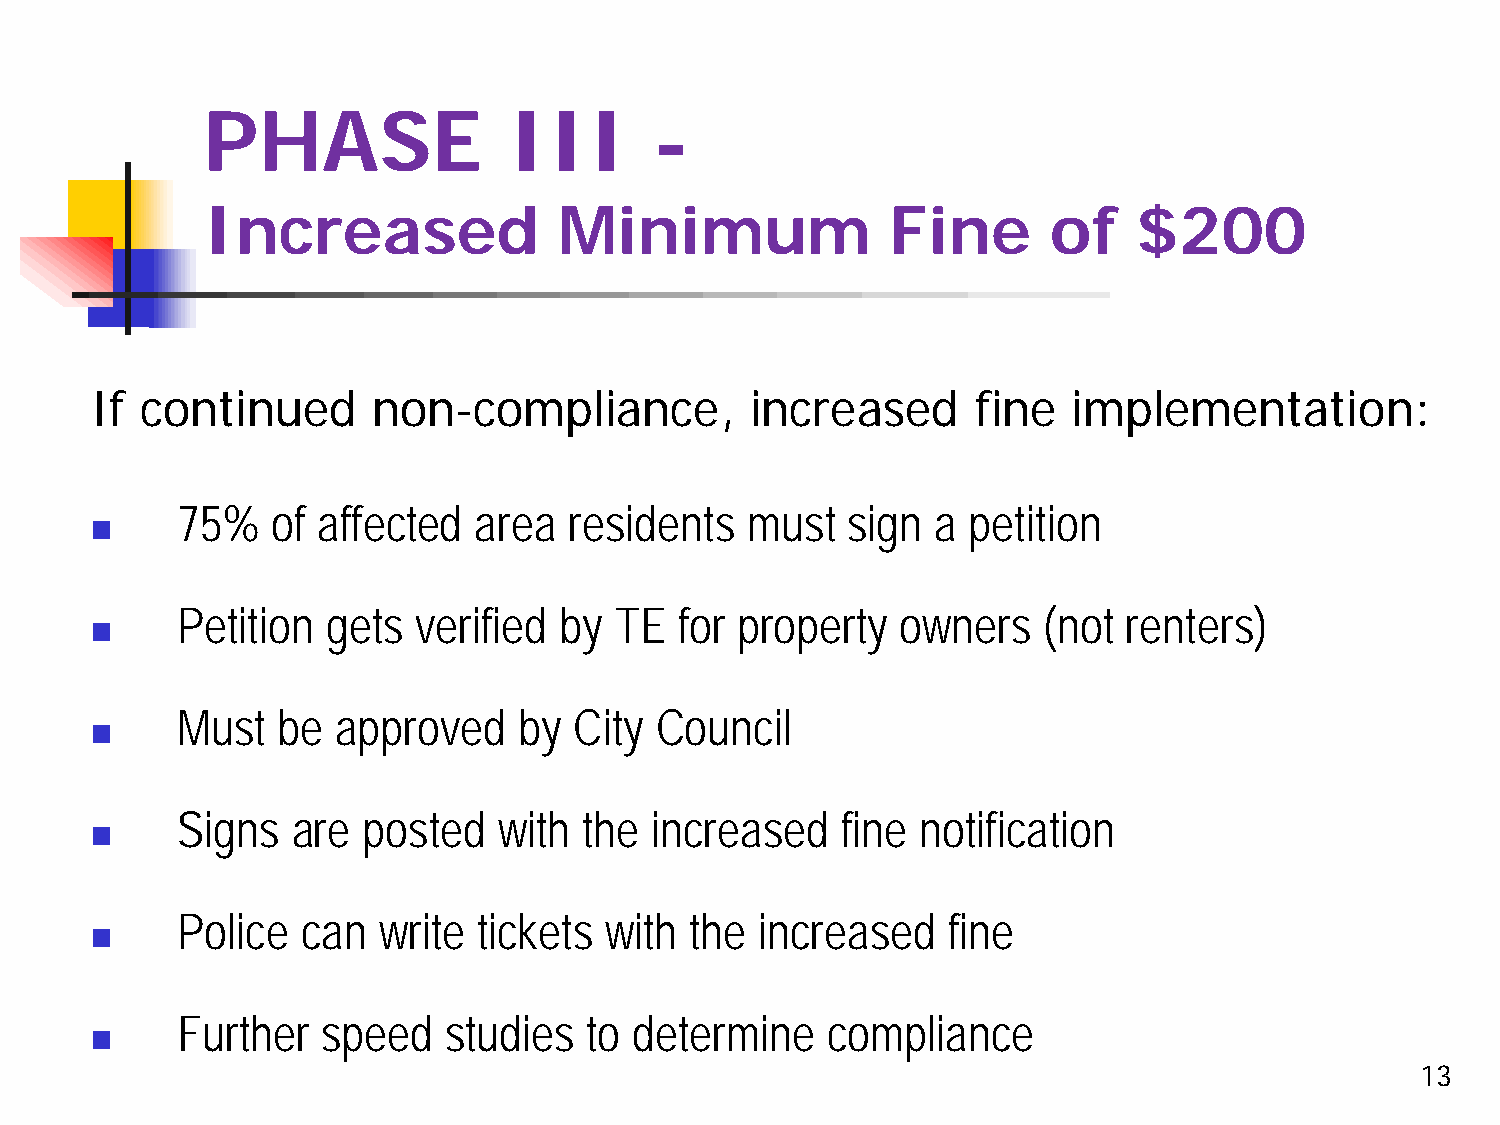
PHASE                III      -
 Increased               Minimum               Fine       of   $200
 If continued       non-compliance,          increased      fine  implementation:
 75%   of affected  area   residents  must   sign  a petition
 
 Petition  gets  verified by  TE  for property   owners   (not  renters)
 
 Must  be  approved    by  City Council
 
 Signs  are  posted   with  the increased    fine notification
 
 Police  can  write  tickets with  the increased    fine
 
 Further  speed   studies   to determine    compliance
 
 13